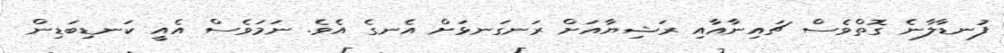
ފުނޑާލާނެ ގޮތްވެސް ޗައިނާއާއި ރަޝިޔާއަށް ރަނގަނޅަށް އެނގެ އެވެ. ނަމަވެސް އެއީ ކަނޑިބަޑިން